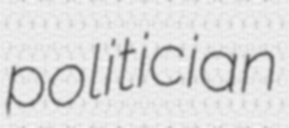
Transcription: politician